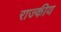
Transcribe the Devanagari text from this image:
राज्कीय